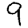
Digit: 9